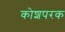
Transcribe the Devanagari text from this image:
कोशपरक